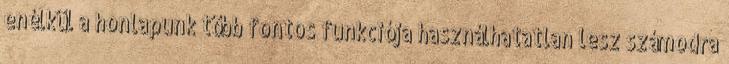
enélkül a honlapunk több fontos funkciója használhatatlan lesz számodra